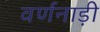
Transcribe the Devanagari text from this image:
वर्णनाड़ी